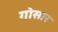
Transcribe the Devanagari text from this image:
गोसार